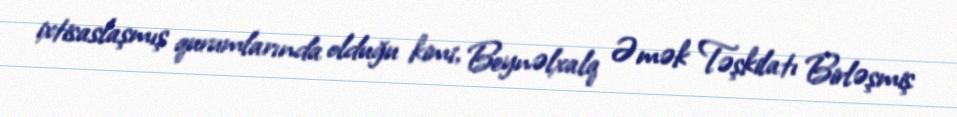
ixtisaslaşmış qurumlarında olduğu kimi, Beynəlxalq Əmək Təşkilatı Birləşmiş